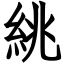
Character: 絩